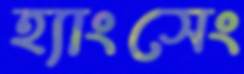
হ্যাংসেং